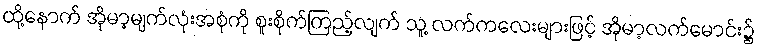
ထို့နောက် အိုမာ့မျက်လုံးအစုံကို စူးစိုက်ကြည့်လျက် သူ့ လက်ကလေးများဖြင့် အိုမာ့လက်မောင်း၌